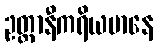
ဥတ္တာနီကရိယမာနေ